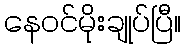
နေဝင်မိုးချုပ်ပြီ။